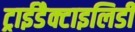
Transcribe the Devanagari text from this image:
ट्राईडैक्टाइलिडी